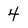
Character: 4